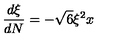
\frac { d \xi } { d N } = - \sqrt { 6 } \xi ^ { 2 } x